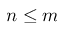
n \leq m